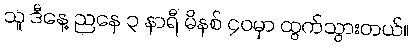
သူ ဒီနေ့ ညနေ ၃ နာရီ မိနစ် ၄၀မှာ ထွက်သွားတယ်။